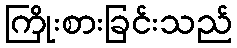
ကြိုးစားခြင်းသည်